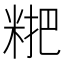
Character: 𥺕